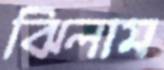
ঝিলাম